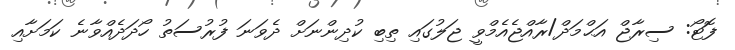
ފޮޓޯ: ސިރާޖް އަޙްމަދް/ރާއްޖެއެމްވީ ޖަލުގައި ތިބި ކުދިންނަށް ދެވަނަ ފުރުސަތު ހޯދަދެއްވާނެ ކަމަށާއި